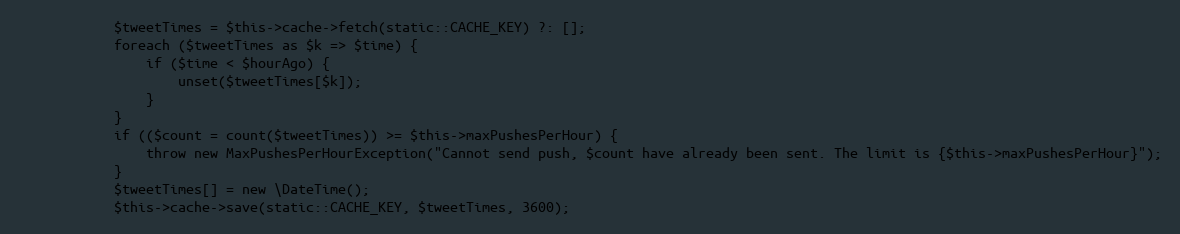
Language: PHP
            $tweetTimes = $this->cache->fetch(static::CACHE_KEY) ?: [];
            foreach ($tweetTimes as $k => $time) {
                if ($time < $hourAgo) {
                    unset($tweetTimes[$k]);
                }
            }
            if (($count = count($tweetTimes)) >= $this->maxPushesPerHour) {
                throw new MaxPushesPerHourException("Cannot send push, $count have already been sent. The limit is {$this->maxPushesPerHour}");
            }
            $tweetTimes[] = new \DateTime();
            $this->cache->save(static::CACHE_KEY, $tweetTimes, 3600);